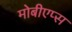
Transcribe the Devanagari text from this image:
मोबीएप्स